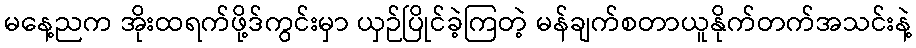
မနေ့ညက အိုးထရက်ဖို့ဒ်ကွင်းမှာ ယှဉ်ပြိုင်ခဲ့ကြတဲ့ မန်ချက်စတာယူနိုက်တက်အသင်းနဲ့